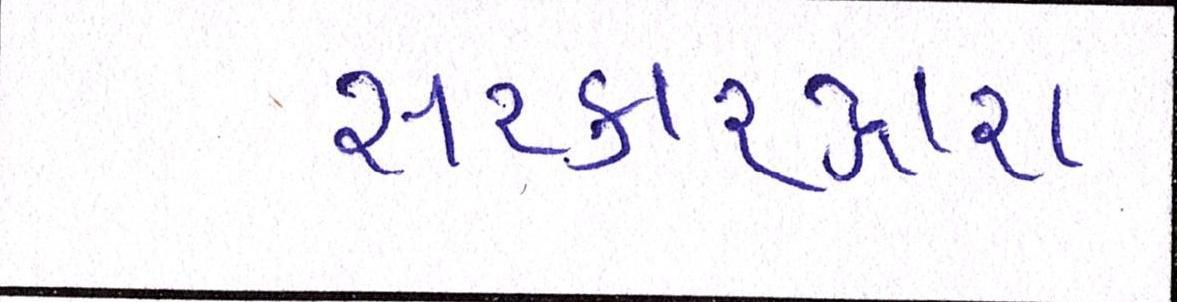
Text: સરકારદ્વારા